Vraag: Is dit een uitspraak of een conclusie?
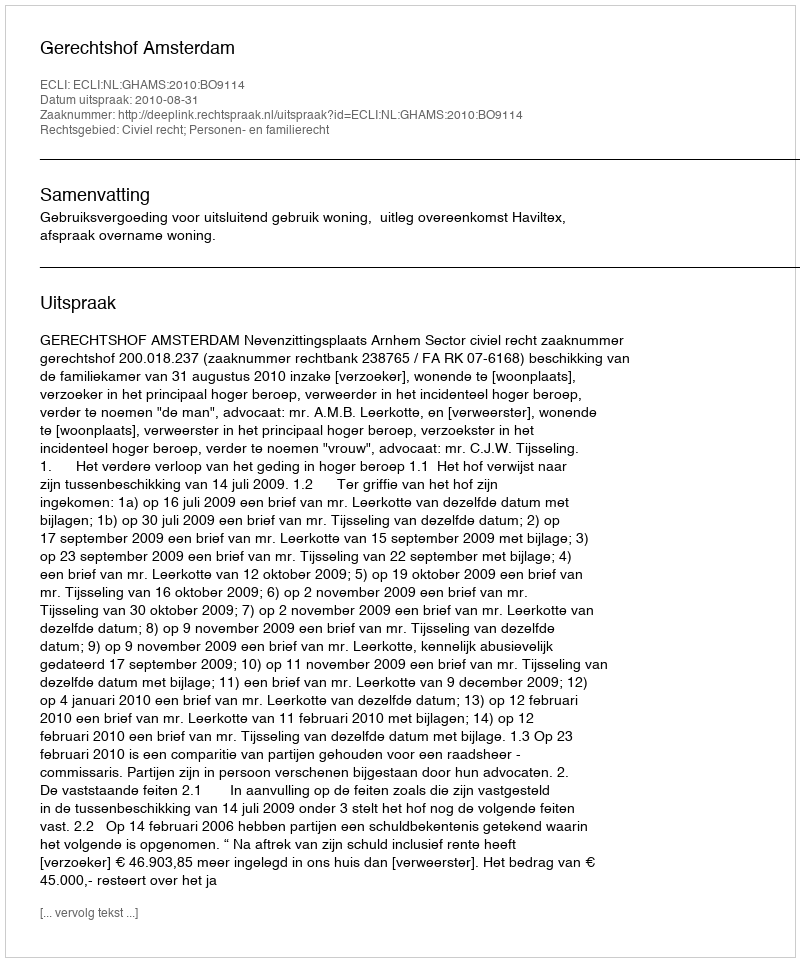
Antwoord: Uitspraak